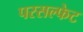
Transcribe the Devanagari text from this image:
परसल्फेट